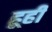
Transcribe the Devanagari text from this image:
हूही